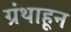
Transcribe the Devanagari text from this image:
ग्रंथाहून